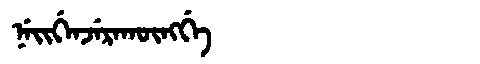
Manchu: ᠨᡝᡳᡤᡝᠨᠵᡝᡵᠠᡴᡡᠩᡤᡝ
Romanization: NEIGENJERAKŪNGGE